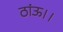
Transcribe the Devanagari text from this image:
ठांऊ।।